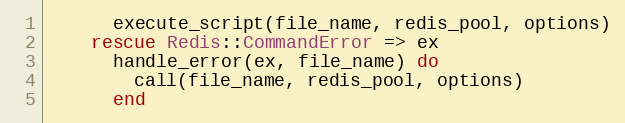
Language: Ruby
      execute_script(file_name, redis_pool, options)
    rescue Redis::CommandError => ex
      handle_error(ex, file_name) do
        call(file_name, redis_pool, options)
      end